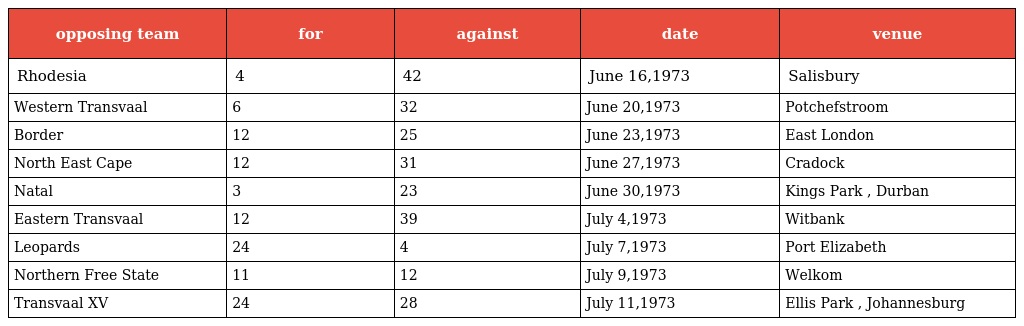
| opposing team | for | against | date | venue |
 | --- | --- | --- | --- | --- |
 | Rhodesia | 4 | 42 | June 16,1973 | Salisbury |
 | Western Transvaal | 6 | 32 | June 20,1973 | Potchefstroom |
 | Border | 12 | 25 | June 23,1973 | East London |
 | North East Cape | 12 | 31 | June 27,1973 | Cradock |
 | Natal | 3 | 23 | June 30,1973 | Kings Park , Durban |
 | Eastern Transvaal | 12 | 39 | July 4,1973 | Witbank |
 | Leopards | 24 | 4 | July 7,1973 | Port Elizabeth |
 | Northern Free State | 11 | 12 | July 9,1973 | Welkom |
 | Transvaal XV | 24 | 28 | July 11,1973 | Ellis Park , Johannesburg |